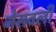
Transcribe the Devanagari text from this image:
नेसवली